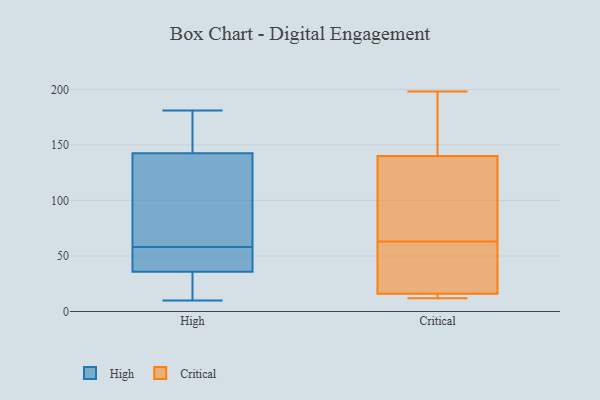
{"axis": {"x": "Revenue (USD Million)", "y": "Value"}, "legend": ["Critical", "High"], "data": [{"x": "", "y": 163, "type": "High"}, {"x": "", "y": 99, "type": "High"}, {"x": "", "y": 40, "type": "High"}, {"x": "", "y": 22, "type": "High"}, {"x": "", "y": 104, "type": "High"}, {"x": "", "y": 58, "type": "High"}, {"x": "", "y": 181, "type": "High"}, {"x": "", "y": 140, "type": "High"}, {"x": "", "y": 72, "type": "High"}, {"x": "", "y": 44, "type": "High"}, {"x": "", "y": 172, "type": "High"}, {"x": "", "y": 29, "type": "High"}, {"x": "", "y": 38, "type": "High"}, {"x": "", "y": 10, "type": "High"}, {"x": "", "y": 24, "type": "High"}, {"x": "", "y": 150, "type": "High"}, {"x": "", "y": 56, "type": "High"}, {"x": "", "y": 63, "type": "Critical"}, {"x": "", "y": 142, "type": "Critical"}, {"x": "", "y": 12, "type": "Critical"}, {"x": "", "y": 42, "type": "Critical"}, {"x": "", "y": 198, "type": "Critical"}, {"x": "", "y": 156, "type": "Critical"}, {"x": "", "y": 14, "type": "Critical"}, {"x": "", "y": 96, "type": "Critical"}, {"x": "", "y": 19, "type": "Critical"}, {"x": "", "y": 151, "type": "Critical"}, {"x": "", "y": 134, "type": "Critical"}, {"x": "", "y": 15, "type": "Critical"}, {"x": "", "y": 15, "type": "Critical"}, {"x": "", "y": 53, "type": "Critical"}, {"x": "", "y": 79, "type": "Critical"}]}